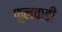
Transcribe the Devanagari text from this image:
फुलवाडी